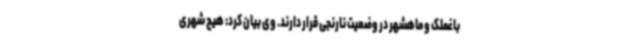
باغملک و ماهشهر در وضعیت نارنجی قرار دارند. وی بیان کرد: هیچ شهری